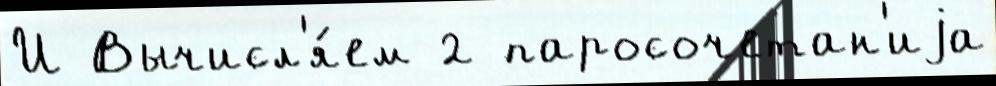
И Вычисл'я́ем 2 паросочетан'иjа